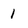
Character: 1